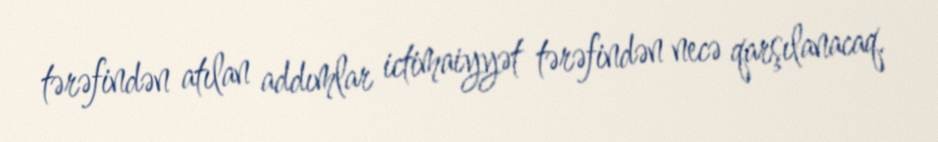
tərəfindən atılan addımlar ictimaiyyət tərəfindən necə qarşılanacaq.